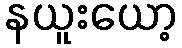
နယူးယော့